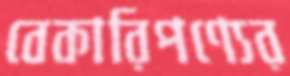
বেকারিপণ্যের